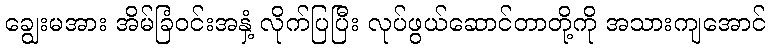
ချွေးမအား အိမ်ခြံဝင်းအနှံ့ လိုက်ပြပြီး လုပ်ဖွယ်ဆောင်တာတို့ကို အသားကျအောင်